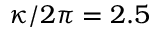
\kappa / 2 \pi = 2 . 5